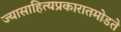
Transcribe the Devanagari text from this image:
ज्यासाहित्यप्रकारातमोडते